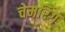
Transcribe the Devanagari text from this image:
चेमरिंग